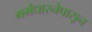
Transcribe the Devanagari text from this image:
गर्भधारनेपासून